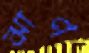
ঝাণ